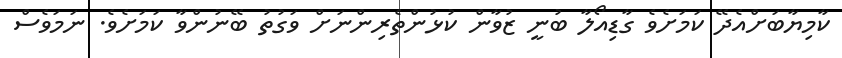
ކާމިޔާބަށްއެދޭ ކަމަށެވެ ގާޑިއޯލާ ބުނީ ޒުވާން ކުޅުންތެރިންނަށް ވަގުތު ބޭނުންވާ ކަމަށެވެ. ނަމަވެސް